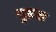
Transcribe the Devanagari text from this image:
युडस